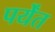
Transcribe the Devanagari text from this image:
पर्येंत